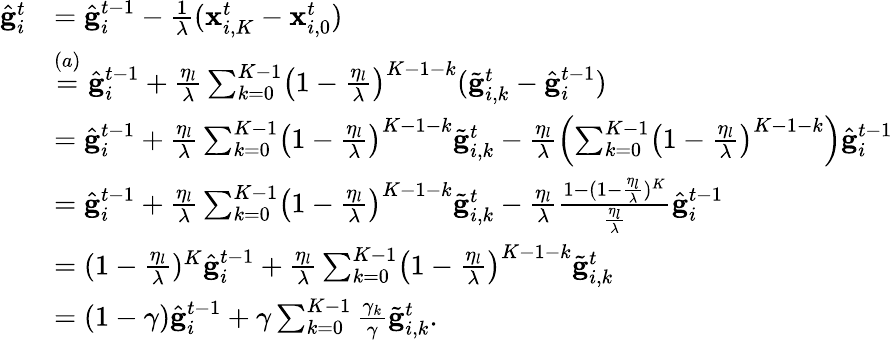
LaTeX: \begin{array}{rl}{\hat{\mathbf{g}}_{i}^{t}}&{=\hat{\mathbf{g}}_{i}^{t-1}-\frac{1}{\lambda}(\mathbf{x}_{i,K}^{t}-\mathbf{x}_{i,0}^{t})}\\ &{\overset{(a)}{=}\hat{\mathbf{g}}_{i}^{t-1}+\frac{\eta_{l}}{\lambda}\sum_{k=0}^{K-1}\bigl(1-\frac{\eta_{l}}{\lambda}\bigr)^{K-1-k}(\tilde{\mathbf{g}}_{i,k}^{t}-\hat{\mathbf{g}}_{i}^{t-1})}\\ &{=\hat{\mathbf{g}}_{i}^{t-1}+\frac{\eta_{l}}{\lambda}\sum_{k=0}^{K-1}\bigl(1-\frac{\eta_{l}}{\lambda}\bigr)^{K-1-k}\tilde{\mathbf{g}}_{i,k}^{t}-\frac{\eta_{l}}{\lambda}\Bigl(\sum_{k=0}^{K-1}\bigl(1-\frac{\eta_{l}}{\lambda}\bigr)^{K-1-k}\Bigr)\hat{\mathbf{g}}_{i}^{t-1}}\\ &{=\hat{\mathbf{g}}_{i}^{t-1}+\frac{\eta_{l}}{\lambda}\sum_{k=0}^{K-1}\bigl(1-\frac{\eta_{l}}{\lambda}\bigr)^{K-1-k}\tilde{\mathbf{g}}_{i,k}^{t}-\frac{\eta_{l}}{\lambda}\frac{1-(1-\frac{\eta_{l}}{\lambda})^{K}}{\frac{\eta_{l}}{\lambda}}\hat{\mathbf{g}}_{i}^{t-1}}\\ &{=(1-\frac{\eta_{l}}{\lambda})^{K}\hat{\mathbf{g}}_{i}^{t-1}+\frac{\eta_{l}}{\lambda}\sum_{k=0}^{K-1}\bigl(1-\frac{\eta_{l}}{\lambda}\bigr)^{K-1-k}\tilde{\mathbf{g}}_{i,k}^{t}}\\ &{=(1-\gamma)\hat{\mathbf{g}}_{i}^{t-1}+\gamma\sum_{k=0}^{K-1}\frac{\gamma_{k}}{\gamma}\tilde{\mathbf{g}}_{i,k}^{t}.}\end{array}